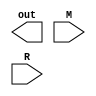
module multiplier(
        output  [7: 0]  out,
        input   [3: 0]  M,
        input   [3: 0]  R
    );
    //  Implement Booth's algorithm

    wire [3:0] not_M;
    wire [3:0] neg_M;

    assign not_M = ~M;

    // TODO: "neg_M = not_M + 1" using adder

    reg [8:0] P;
    reg [8:0] A;
    reg [8:0] S;

    always @(*) begin
        // TODO: calculate P,A and S
        repeat(4) begin
            
        end
    end

    // TODO: assign in out the product of M and R

endmodule